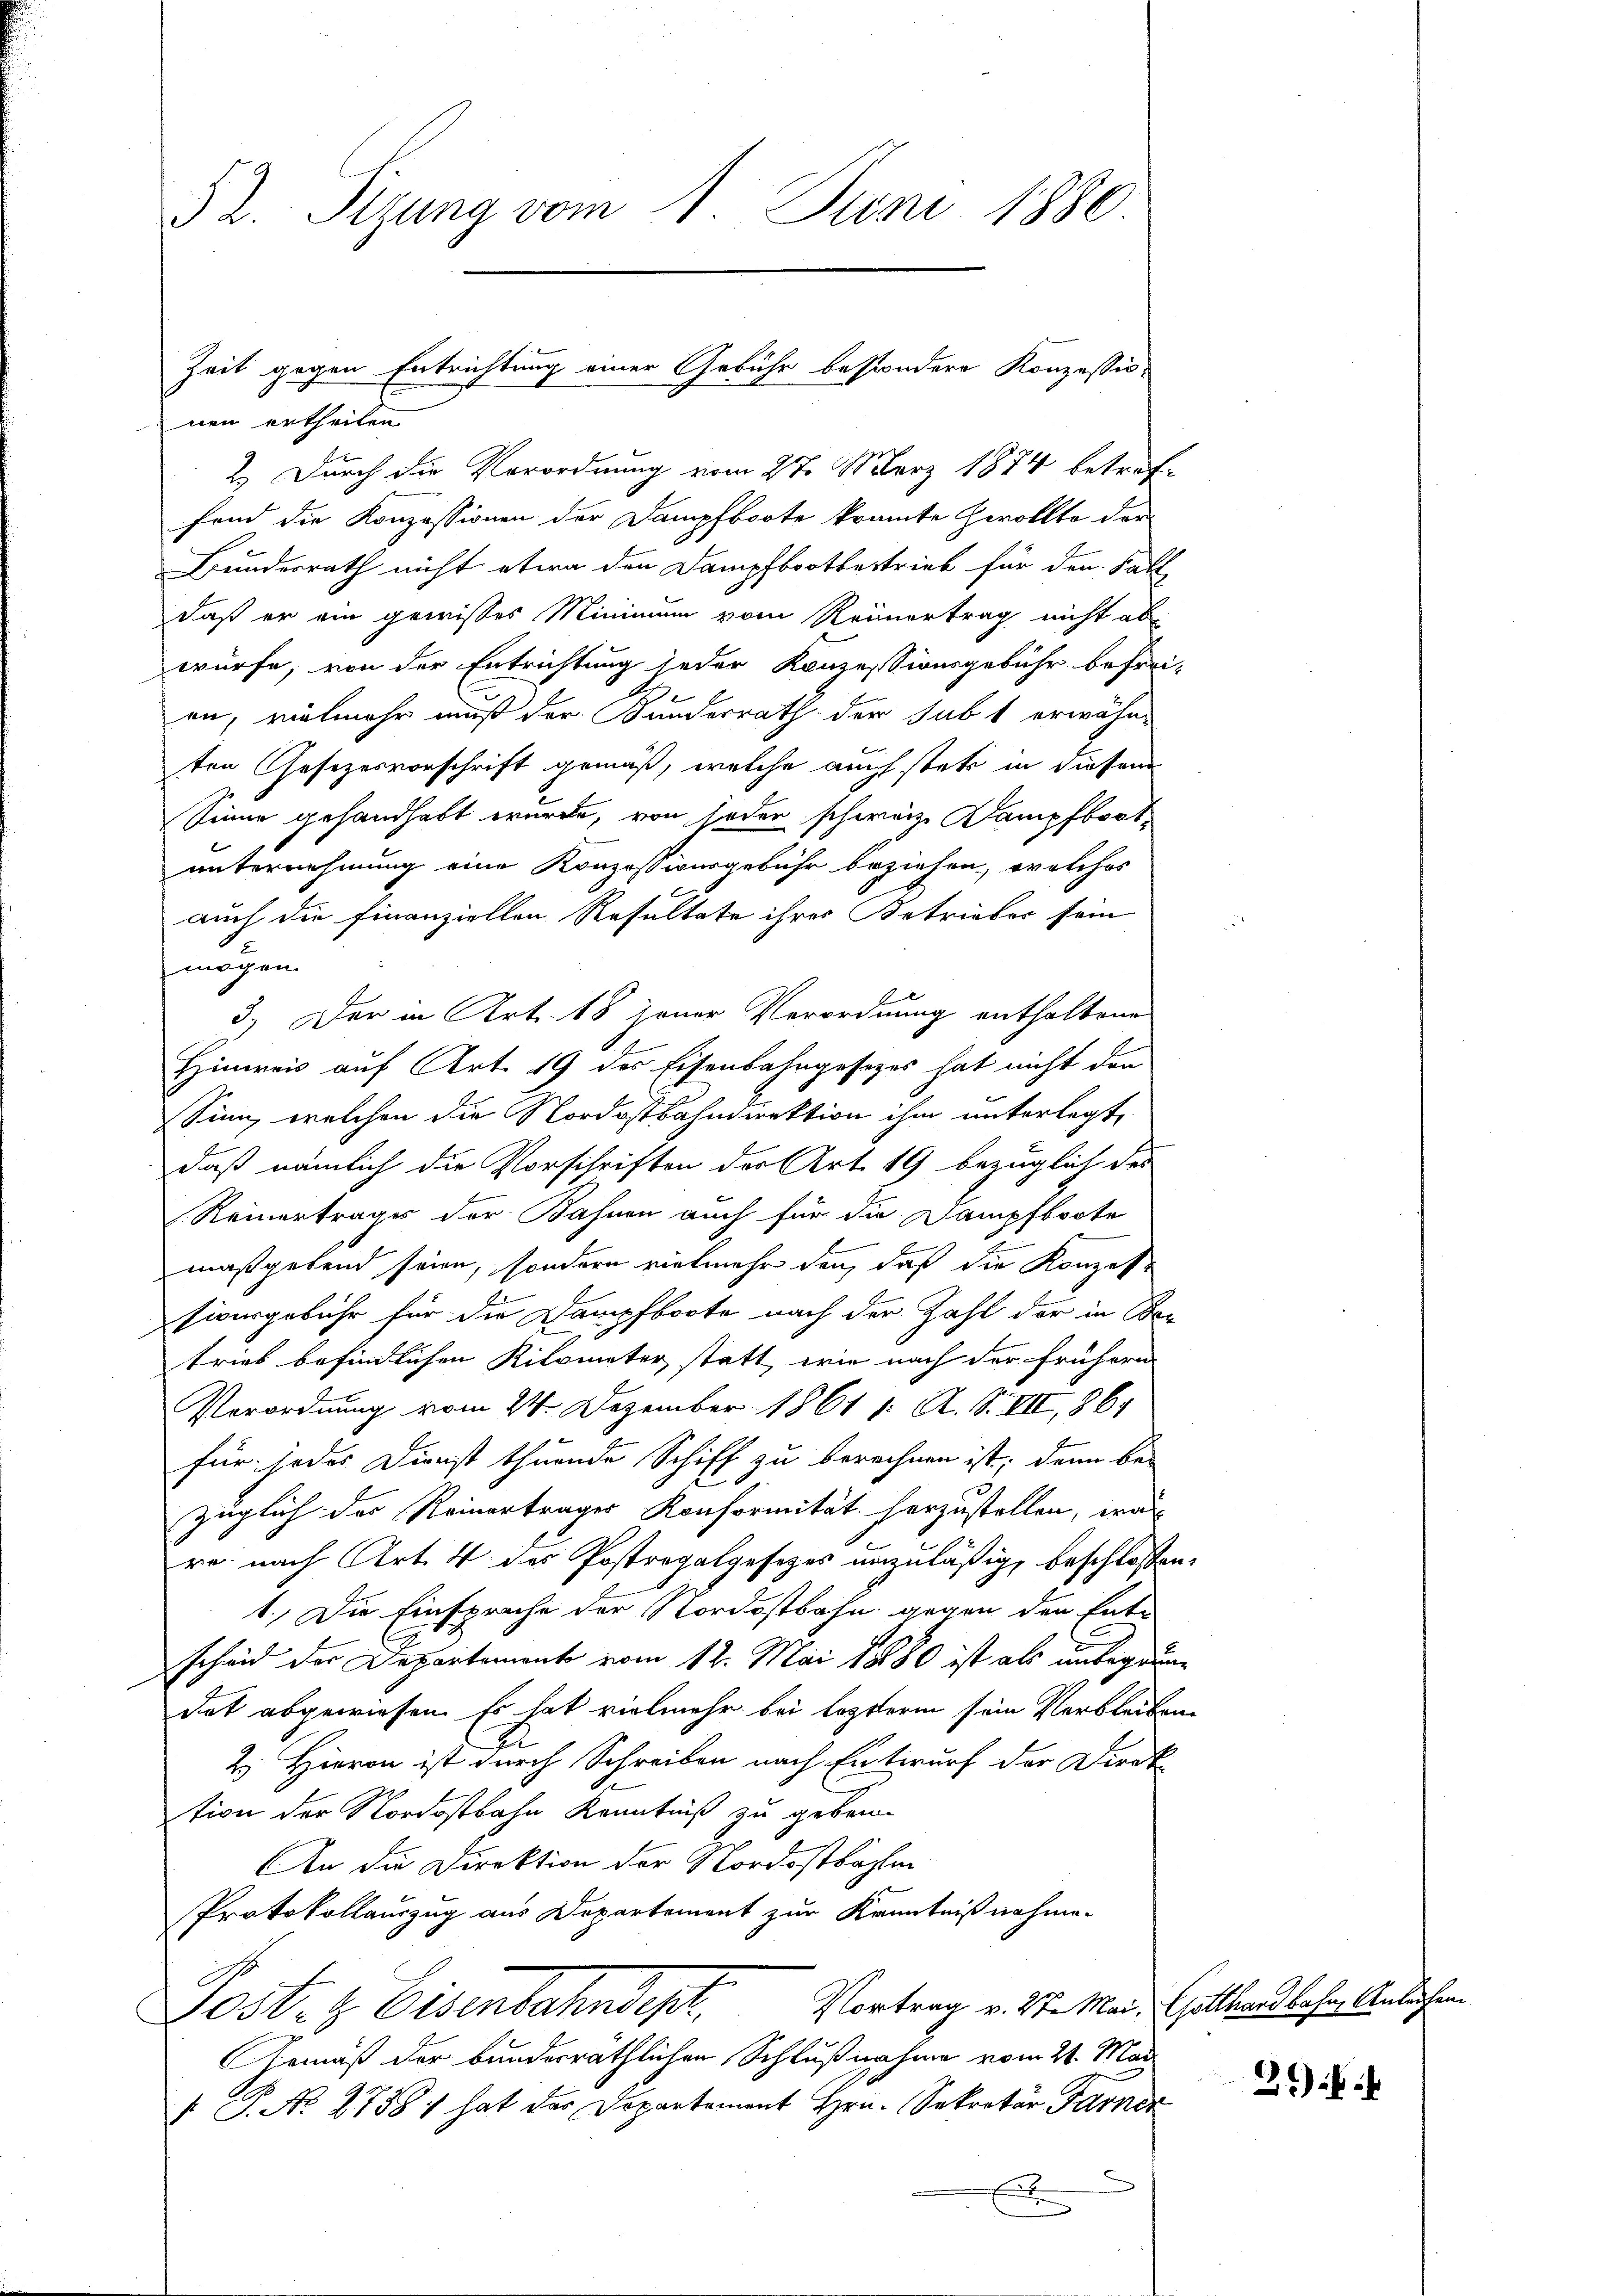
52. Sizung vom 1. Juni 1880

nen ertheilen
2.) Durch die Verordnung vom 27. März 1874 betref-
fond die Konzessionen der Dampfboote kramte Herollte der
Bundesrath nicht etwa den Dampfbootbestrieb für den Fall
daß er ein gewisses Minimum vom Reinertrag nicht ab
würfe, von der Entrichtung jeder Konzessionsgebühr befrei-
en, vielmehr muß der Bundesrath der sub 1 erwähn-
ten Gesezesvorschrift gemäß, welche auch statt in diesem
Sinne gehandhabt wurde, von jeder schweiz. Dampfboot-
unternehmung eine Konzessionsgebühr beziehen, welches
auch die Finanziellen Resultate ihres Betrieber sein
mögen.
3.) Der in Art. 18 jener Verordnung enthaltene
Hinreis auf Art. 19 des Eisenbahngesezes hat nicht den
Sinn, welchen die Nordostbahndirektion ihm unterlegt,
daß nämlich die Vorschriften der Art. 19 bezüglich des
Reinertrages der Bahnen auch für die Dampfboote
maßgebend seien, sondern vielmehr den, daß die Konzessieursgebühr für die Dampfboote nach der Zahl der in Ber
trieb befindlichen Kilometer statt, wie nach der frühern
Verordnung vom 24. Dezember 1861 1. A. S. VII, 1861
für jedes Dienst thuende Schiff zu berechnen ist; dann be-
züglich des Reinertrager Konformität herzustellen, was
re nach Art. 4 des Postregalgesetzes anzuläßig, beschlossen:
1. Die Einsprache der Nordostbahn gegen den Entscheid der Departement vom 12. Mai 18880 ist als unbegründat abgewiesen. Es hat vielmehr bei lezterm sein Verbleiben
2.) Hievon ist durch Schreiben nach Entwurf der Direk
tion der Nordostbahn Kenntniß zu geben.
An die Direktion der Nordostbahlen
Protokollauszug aus Departement zur Kenntnißnahme-
Vortrag v. 27. Mai, Gotthardbahn, Anleihen.
Post- & Eisenbahndep
Gemäß der bundesräthlichen Schlußnahme vom 21. Mai
I S. No. 27381 hat das Dopartement Hrn. Sekretär Farne
d
E

Zeit gegen Entrichtung einer Gebühr besondere Konzessio

26)